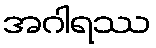
အဂါရဿ